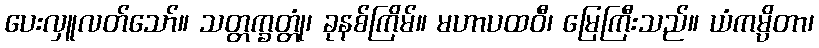
ပေးလှူလတ်သော်။ သတ္တက္ခတ္တုံ၊ ခုနစ်ကြိမ်။ မဟာပထဝီ၊ မြေကြီးသည်။ ယံကမ္ပိတာ၊